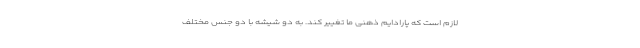
لازم است که پارادایم ذهنی ما تغییر کند. به دو شیشه با دو جنس مختلف